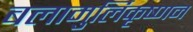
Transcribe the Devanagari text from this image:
बलामुर्लिकृष्णन